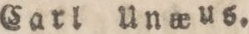
Carl Unæus.